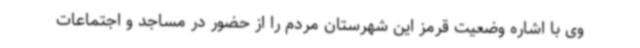
وی با اشاره وضعیت قرمز این شهرستان مردم را از حضور در مساجد و اجتماعات